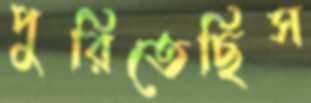
পুরিতেছিস